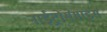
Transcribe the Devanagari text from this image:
नाईट्रोसेमाइंस